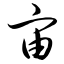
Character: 宙